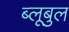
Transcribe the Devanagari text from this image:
ब्लूबुल